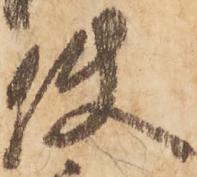
使